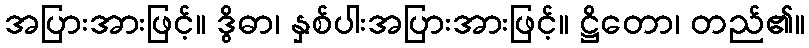
အပြားအားဖြင့်။ ဒွိဓာ၊ နှစ်ပါးအပြားအားဖြင့်။ ဋ္ဌိတော၊ တည်၏။